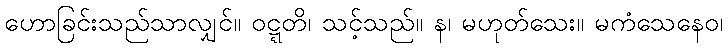
ဟောခြင်းသည်သာလျှင်။ ဝဋ္ဋတိ၊ သင့်သည်။ န၊ မဟုတ်သေး။ မကံသေနေဝ၊